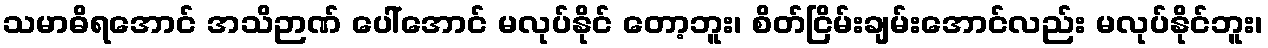
သမာဓိရအောင် အသိဉာဏ် ပေါ်အောင် မလုပ်နိုင် တော့ဘူး၊ စိတ်ငြိမ်းချမ်းအောင်လည်း မလုပ်နိုင်ဘူး၊